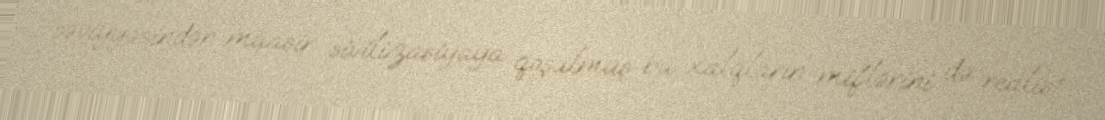
səviyyəsindən müasir sivilizasiyaya qoşulmuş bu xalqların miflərini də realist